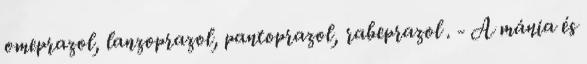
omeprazol, lanzoprazol, pantoprazol, rabeprazol . - A mánia és